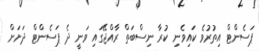
ޕަސެންޓް އިތުރުވެ ކައިވެނި ކުރާ ނިސްބަތް ރާއްޖޭގައި ވަނީ ދެ ޕަސެންޓް ދަށަށް